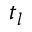
t _ { l }